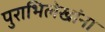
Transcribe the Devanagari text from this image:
पुराभिलेखांना